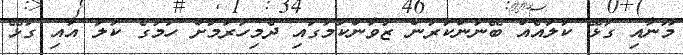
މޫނާއި ގުޅޭ ކުލައެއް ބޭނުންކުރުން ޒުވާންކަމުގައި ދެމިހުރުމަށް ހަމުގެ ކުލަ އާއި ގުޅޭ